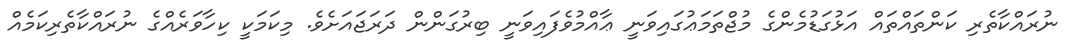
ނުރައްކާތެރި ކަންތައްތައް އަޅުގަޑުމެންގެ މުޖްތަމަޢުގައިވަނީ ޢާއްމުވެފައިވަނީ ބިރުގަންން ދަރަޖައަށެވެ. މިކަމަކީ ކިހާވަރެއްގެ ނުރައްކާތެރިކަމެއް